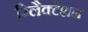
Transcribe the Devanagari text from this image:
रिलैक्टेशन